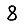
Digit: 8